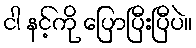
ငါ နင့်ကို ပြောပြီးပြီပဲ။